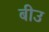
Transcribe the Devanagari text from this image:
बीउ